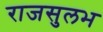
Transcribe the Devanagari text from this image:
राजसुलभ